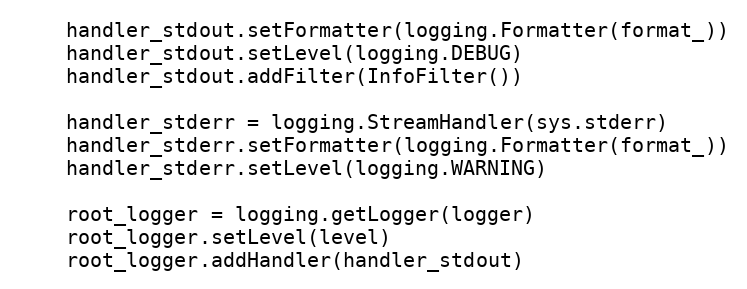
Language: Python
    handler_stdout.setFormatter(logging.Formatter(format_))
    handler_stdout.setLevel(logging.DEBUG)
    handler_stdout.addFilter(InfoFilter())

    handler_stderr = logging.StreamHandler(sys.stderr)
    handler_stderr.setFormatter(logging.Formatter(format_))
    handler_stderr.setLevel(logging.WARNING)

    root_logger = logging.getLogger(logger)
    root_logger.setLevel(level)
    root_logger.addHandler(handler_stdout)